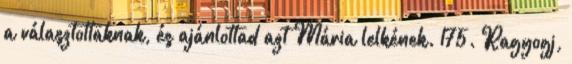
a választottaknak, és ajánlottad azt Mária lelkének. 175. Ragyogj,